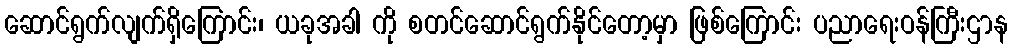
ဆောင်ရွက်လျက်ရှိကြောင်း၊ ယခုအခါ ကို စတင်ဆောင်ရွက်နိုင်တော့မှာ ဖြစ်ကြောင်း ပညာရေးဝန်ကြီးဌာန